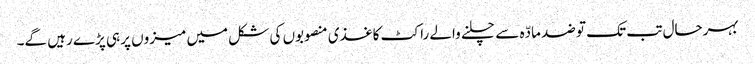
بہرحال تب تک تو ضد مادّہ سے چلنے والے راکٹ کاغذی منصوبوں کی شکل میں میزوں پر ہی پڑے رہیں گے۔